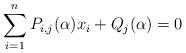
LaTeX: \begin{align*}\sum_{i=1}^n P_{i,j}(\alpha)x_i + Q_j(\alpha) = 0\end{align*}